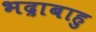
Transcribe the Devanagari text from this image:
भद्राबाहु